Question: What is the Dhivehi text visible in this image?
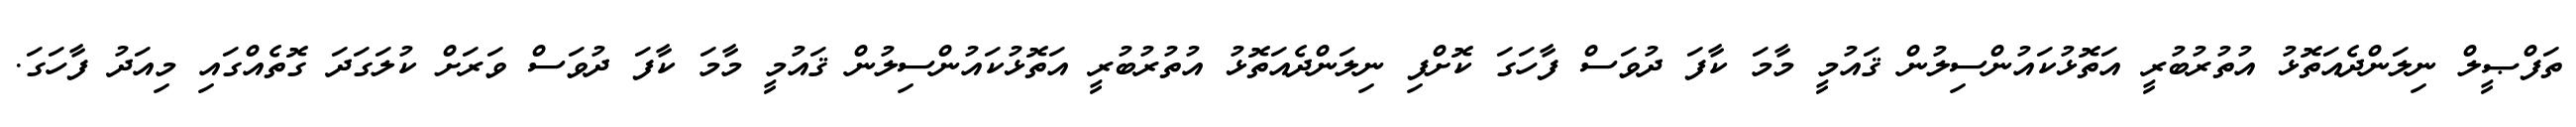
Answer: ތަފްޞީލް ނިލަންދެއަތޮޅު އުތުރުބުރީ އަތޮޅުކައުންސިލުން ޤައުމީ މާމަ ކާފަ ދުވަސް ފާހަގަ ކޮށްފި ނިލަންދެއަތޮޅު އުތުރުބުރީ އަތޮޅުކައުންސިލުން ޤައުމީ މާމަ ކާފަ ދުވަސް ވަރަށް ކުލަގަދަ ގޮތެއްގައި މިއަދު ފާހަގަ.